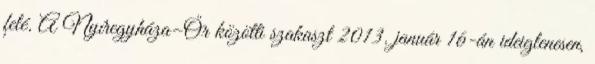
felé. A Nyíregyháza–Őr közötti szakaszt 2013. január 16-án ideiglenesen,